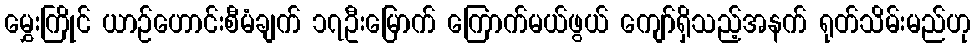
မွှေးကြိုင် ယာဉ်ဟောင်းစီမံချက် ၁၇ဦးမြောက် ကြောက်မယ်ဖွယ် ကျော်ရှိသည့်အနက် ရုတ်သိမ်းမည်ဟု